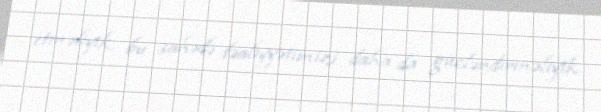
etməliyik, bu sahədə fəaliyyətimizi daha da gücləndirməliyik.